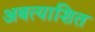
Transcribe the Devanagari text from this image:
अबत्याशित